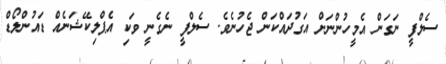
ސެލްފީ ނަގަން އެމީހުންނަށް އަގުދައްކަން ޖެހުނެވެ. ސެލްފީ ނެގެނީ ވަކި އެޕްލިކޭޝަނެއް ޑައުންލޯޑް